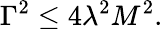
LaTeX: \Gamma^{2}\leq 4\lambda^{2}M^{2}.